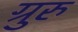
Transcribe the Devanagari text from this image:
ग्रुरु